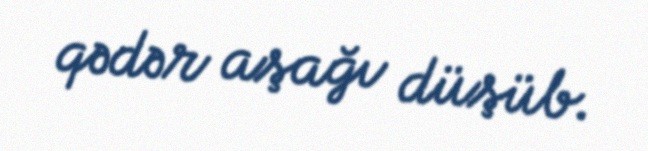
qədər aşağı düşüb.